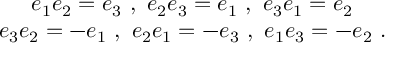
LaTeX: \begin{array} { c } { { e _ { 1 } e _ { 2 } = e _ { 3 } \ , \ e _ { 2 } e _ { 3 } = e _ { 1 } \ , \ e _ { 3 } e _ { 1 } = e _ { 2 } } } \\ { { e _ { 3 } e _ { 2 } = - e _ { 1 } \ , \ e _ { 2 } e _ { 1 } = - e _ { 3 } \ , \ e _ { 1 } e _ { 3 } = - e _ { 2 } \ . } } \end{array}